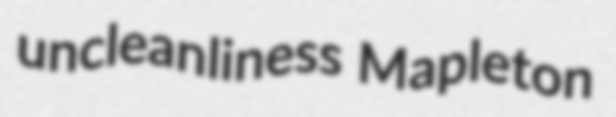
uncleanliness Mapleton